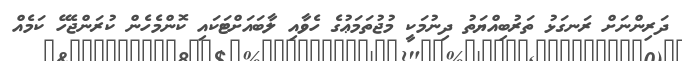
ދަރިންނަށް ރަނގަޅު ތަރުބިއްޔަތު ދިނުމަކީ މުޖުތަމަޢުގެ ހެވާއި ލާބައަށްޓަކައި ކޮންމެހެން ކުރަންޖެހޭ ކަމެއް